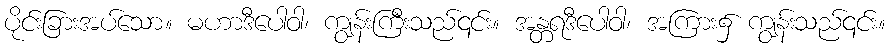
ပိုင်းခြားအပ်သော။ မဟာဒီပေါဝါ၊ ကျွန်းကြီးသည်၎င်း။ အန္တရဒီပေါဝါ၊ အကြား၌ ကျွန်းသည်၎င်း။